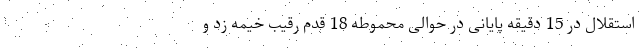
استقلال در 15 دقیقه پایانی در حوالی محموطه 18 قدم رقیب خیمه زد و